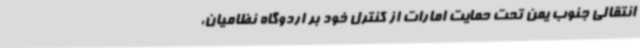
انتقالی جنوب یمن تحت حمایت امارات از کنترل خود بر اردوگاه نظامیان،